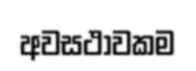
අවසථාවකම